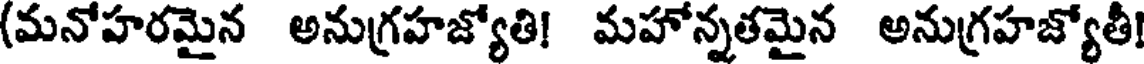
(మనోహరమైన అనుగ్రహజ్యోతి! మహోన్నతమైన అనుగ్రహజ్యోతీ!